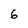
Character: 6